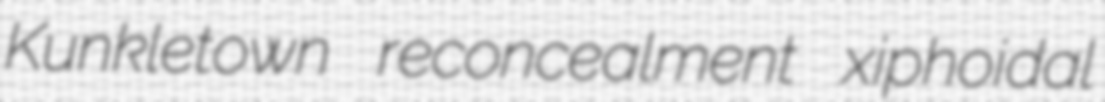
Kunkletown reconcealment xiphoidal